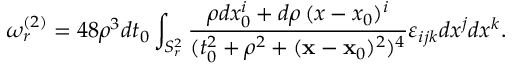
\omega _ { r } ^ { ( 2 ) } = 4 8 \rho ^ { 3 } d t _ { 0 } \int _ { S _ { r } ^ { 2 } } { \frac { \rho d x _ { 0 } ^ { i } + d \rho \, ( x - x _ { 0 } ) ^ { i } } { ( t _ { 0 } ^ { 2 } + \rho ^ { 2 } + ( { \bf x } - { \bf x } _ { 0 } ) ^ { 2 } ) ^ { 4 } } } \varepsilon _ { i j k } d x ^ { j } d x ^ { k } .